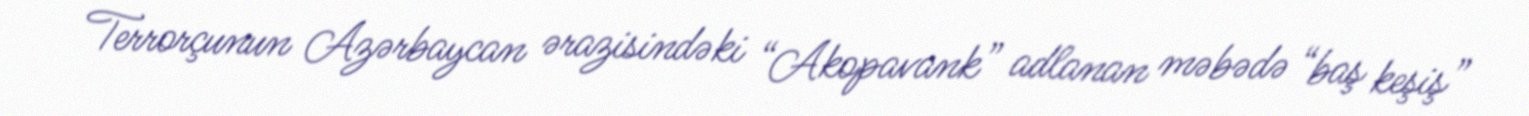
Terrorçunun Azərbaycan ərazisindəki “Akopavank” adlanan məbədə “baş keşiş”